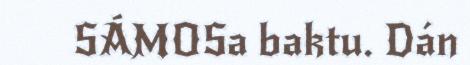
SÁMOSa baktu. Dán